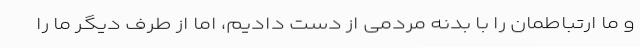
و ما ارتباطمان را با بدنه مردمی از دست دادیم، اما از طرف دیگر ما را